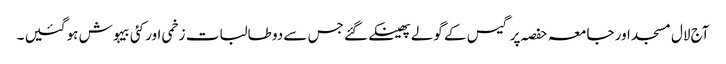
آج لال مسجد اور جامعہ حفصہ پر گیس کے گولے پھینکے گئے جس سے دو طالبات زخمی اور کئی بیہوش ہو گئیں ۔